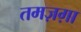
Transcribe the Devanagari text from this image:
तमज़ग़ा